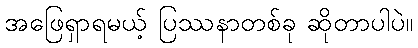
အဖြေရှာရမယ့် ပြဿနာတစ်ခု ဆိုတာပါပဲ။